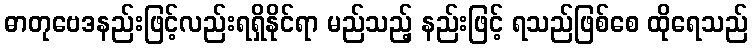
ဓာတုဗေဒနည်းဖြင့်လည်းရရှိနိုင်ရာ မည်သည့် နည်းဖြင့် ရသည်ဖြစ်စေ ထိုရေသည်